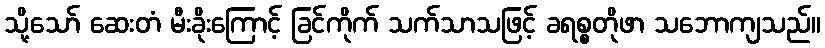
သို့သော် ဆေးတံ မီးခိုးကြောင့် ခြင်ကိုက် သက်သာသဖြင့် ခရစ္စတိုဖာ သဘောကျသည်။